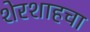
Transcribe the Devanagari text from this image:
शेरशाहचा